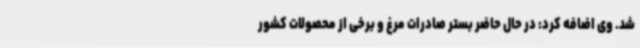
شد. وی اضافه کرد: در حال حاضر بستر صادرات مرغ و برخی از محصولات کشور